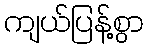
ကျယ်ပြန့်စွာ